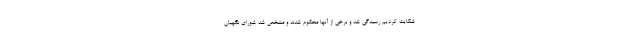
شکایت کردیم رسیدگی شد و برخی از آنها محکوم شدند و مشخص شد شورای نگهبان